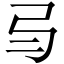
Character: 𢎥